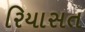
રિયાસત